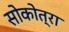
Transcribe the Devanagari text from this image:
सोकोत्रा